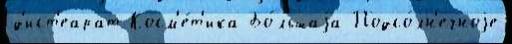
д'ист'еарат Косм'е́т'ика Бо́льшаjа Подсо́лн'ечноjе